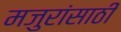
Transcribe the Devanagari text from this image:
मजुरांसाठी